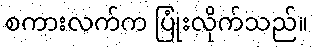
စကားလက်က ပြုံးလိုက်သည်။